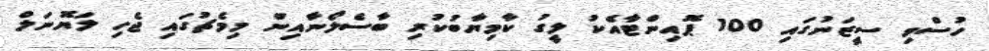
ހުސްވި ސީޒަނުގައި 100 ޕޮއިންޓާއެކު ލީގު ކާމިޔާބުކުރި ބާސެލޯނާއިން މިމެޗުގައި ޖެހި ލަޔޮނަލް